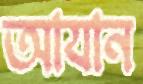
আযান